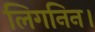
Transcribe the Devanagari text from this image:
लिगनिन।